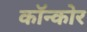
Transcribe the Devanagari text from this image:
कॉन्कोर